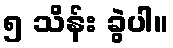
၅ သိန်း ခွဲပါ။